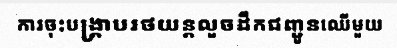
ការចុះបង្គ្រាបរថយន្តលួចដឹកជញ្ជូនឈើមួយ